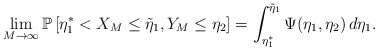
\begin{align*}\lim_{M\to\infty}\mathbb{P}\left[\eta_1^\ast<X_M\le\tilde{\eta}_1,Y_M\le\eta_2\right]=\int_{\eta_1^\ast}^{\tilde{\eta}_1}\Psi(\eta_1,\eta_2)\,d\eta_1.\end{align*}